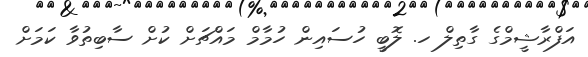
އަފްރާޝީމްގެ ގާތިލް ހ. ލޮބީ ހުސައިން ހުމާމް މައްޗަށް ކުށް ސާބިތުވާ ކަމަށް